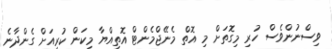
ވިސްނުންވެސް ހުރި މިގޮތަށް މި އޮތް މެނޭޖްމެންޓް އޮތިއްޔާ މިކަން ކުރިއަށް ގެންދާނެ